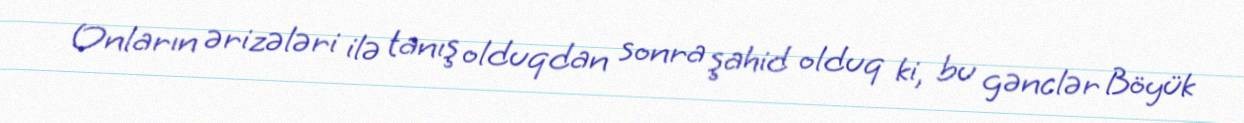
Onların ərizələri ilə tanış olduqdan sonra şahid olduq ki, bu gənclər Böyük